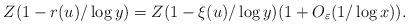
LaTeX: \begin{align*}Z(1-r(u)/\log y) = Z(1-\xi(u)/\log y) (1+O_{\varepsilon}(1/\log x)).\end{align*}